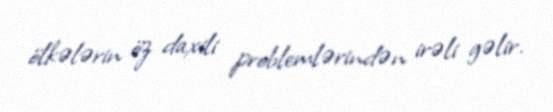
ölkələrin öz daxili problemlərindən irəli gəlir.